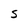
Character: S